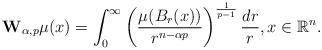
LaTeX: \begin{align*}\mathbf{W}_{\alpha, p}\mu(x)=\int_0^{\infty} \left(\frac{\mu(B_r(x))}{r^{n-\alpha p}}\right)^{\frac{1}{p-1}}\frac{dr}{r}, x \in \mathbb{R}^n. \end{align*}